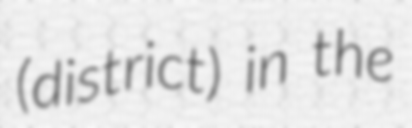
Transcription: (district) in the